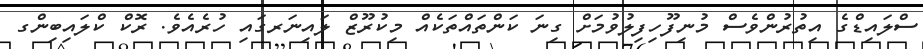
ސްލައިޑްގެ އިތުރުންވެސް މުނިފޫހިފިލުވުމަށް ގިނަ ކަންތައްތަކެއް މިކުރޫޒް ލައިނަރގައި ހުރެއެވެ. ރޮކް ކްލައިބިންގ